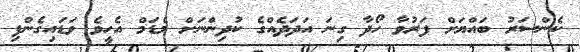
ކެންސަރު ބައްޔަށް ފަރުވާ ހޯދާ ގިނަ އަދަދެއްގެ ކުދިންނަށް މެޑަމް އެހީވެ ވަޑައިގެންފި